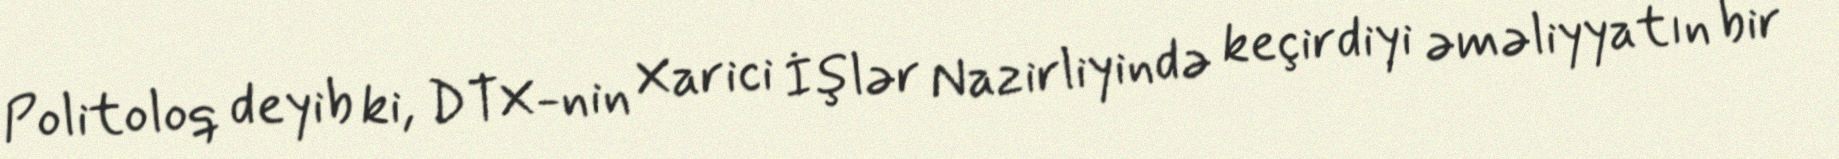
Politoloq deyib ki, DTX-nin Xarici İşlər Nazirliyində keçirdiyi əməliyyatın bir